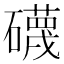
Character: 礣